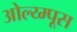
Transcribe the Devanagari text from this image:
ओल्य्म्पूस